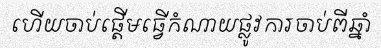
ហើយចាប់ផ្តើមធ្វើកំណាយផ្លូវការចាប់ពីឆ្នាំ